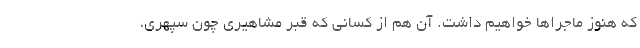
که هنوز ماجراها خواهیم داشت. آن هم از کسانی که قبر مشاهیری چون سپهری،